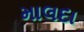
માલદા